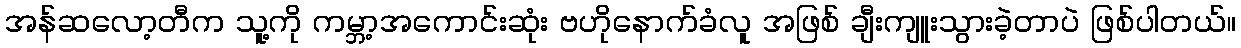
အန်ဆလော့တီက သူ့ကို ကမ္ဘာ့အကောင်းဆုံး ဗဟိုနောက်ခံလူ အဖြစ် ချီးကျူးသွားခဲ့တာပဲ ဖြစ်ပါတယ်။